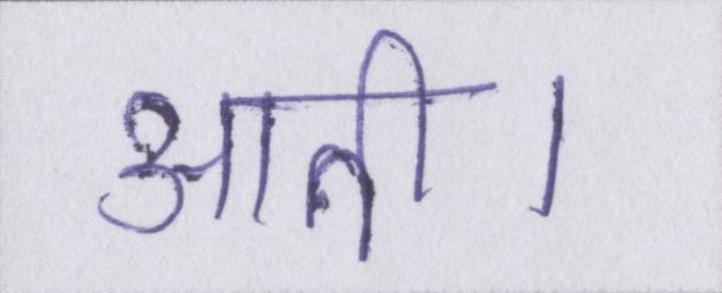
आती।